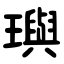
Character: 璵